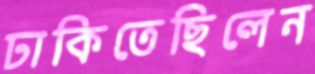
ঢাকিতেছিলেন